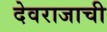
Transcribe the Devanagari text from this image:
देवराजाची